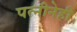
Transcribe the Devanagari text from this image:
पत्नीनेही